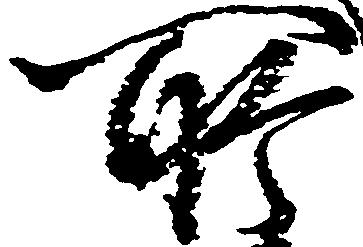
所